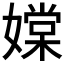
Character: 𡡢